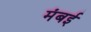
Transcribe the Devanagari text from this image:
मंबई